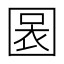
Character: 𡈃